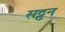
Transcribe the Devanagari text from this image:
सट्टन